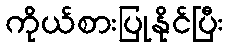
ကိုယ်စားပြုနိုင်ပြီး